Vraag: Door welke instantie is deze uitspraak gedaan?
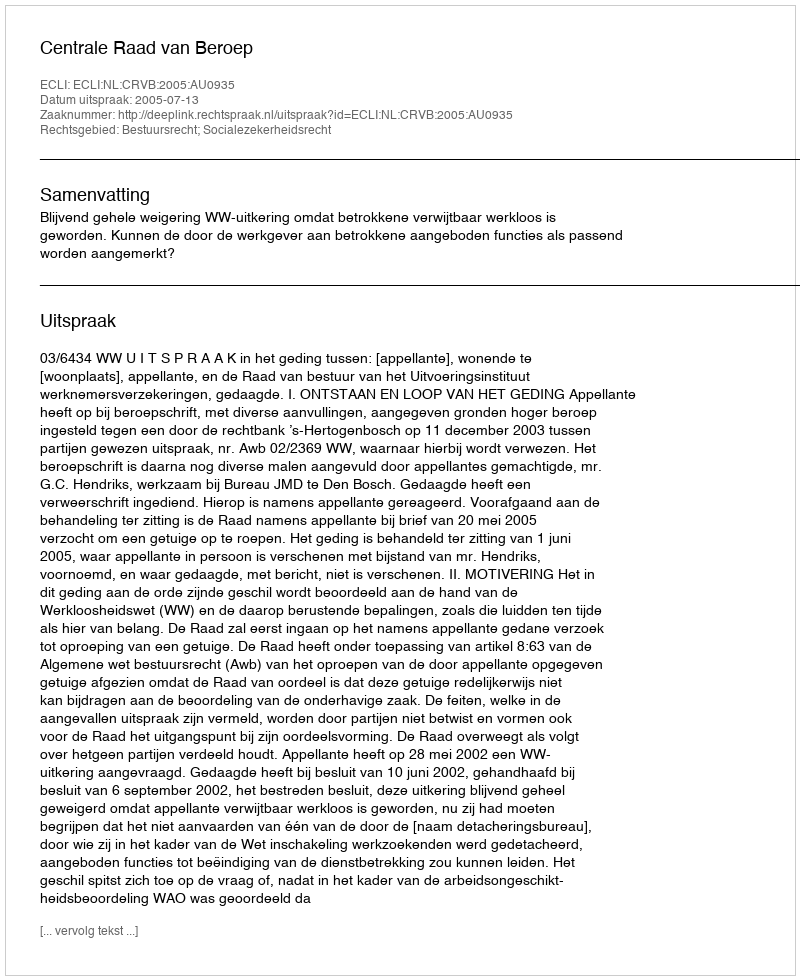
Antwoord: Centrale Raad van Beroep